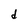
Character: d